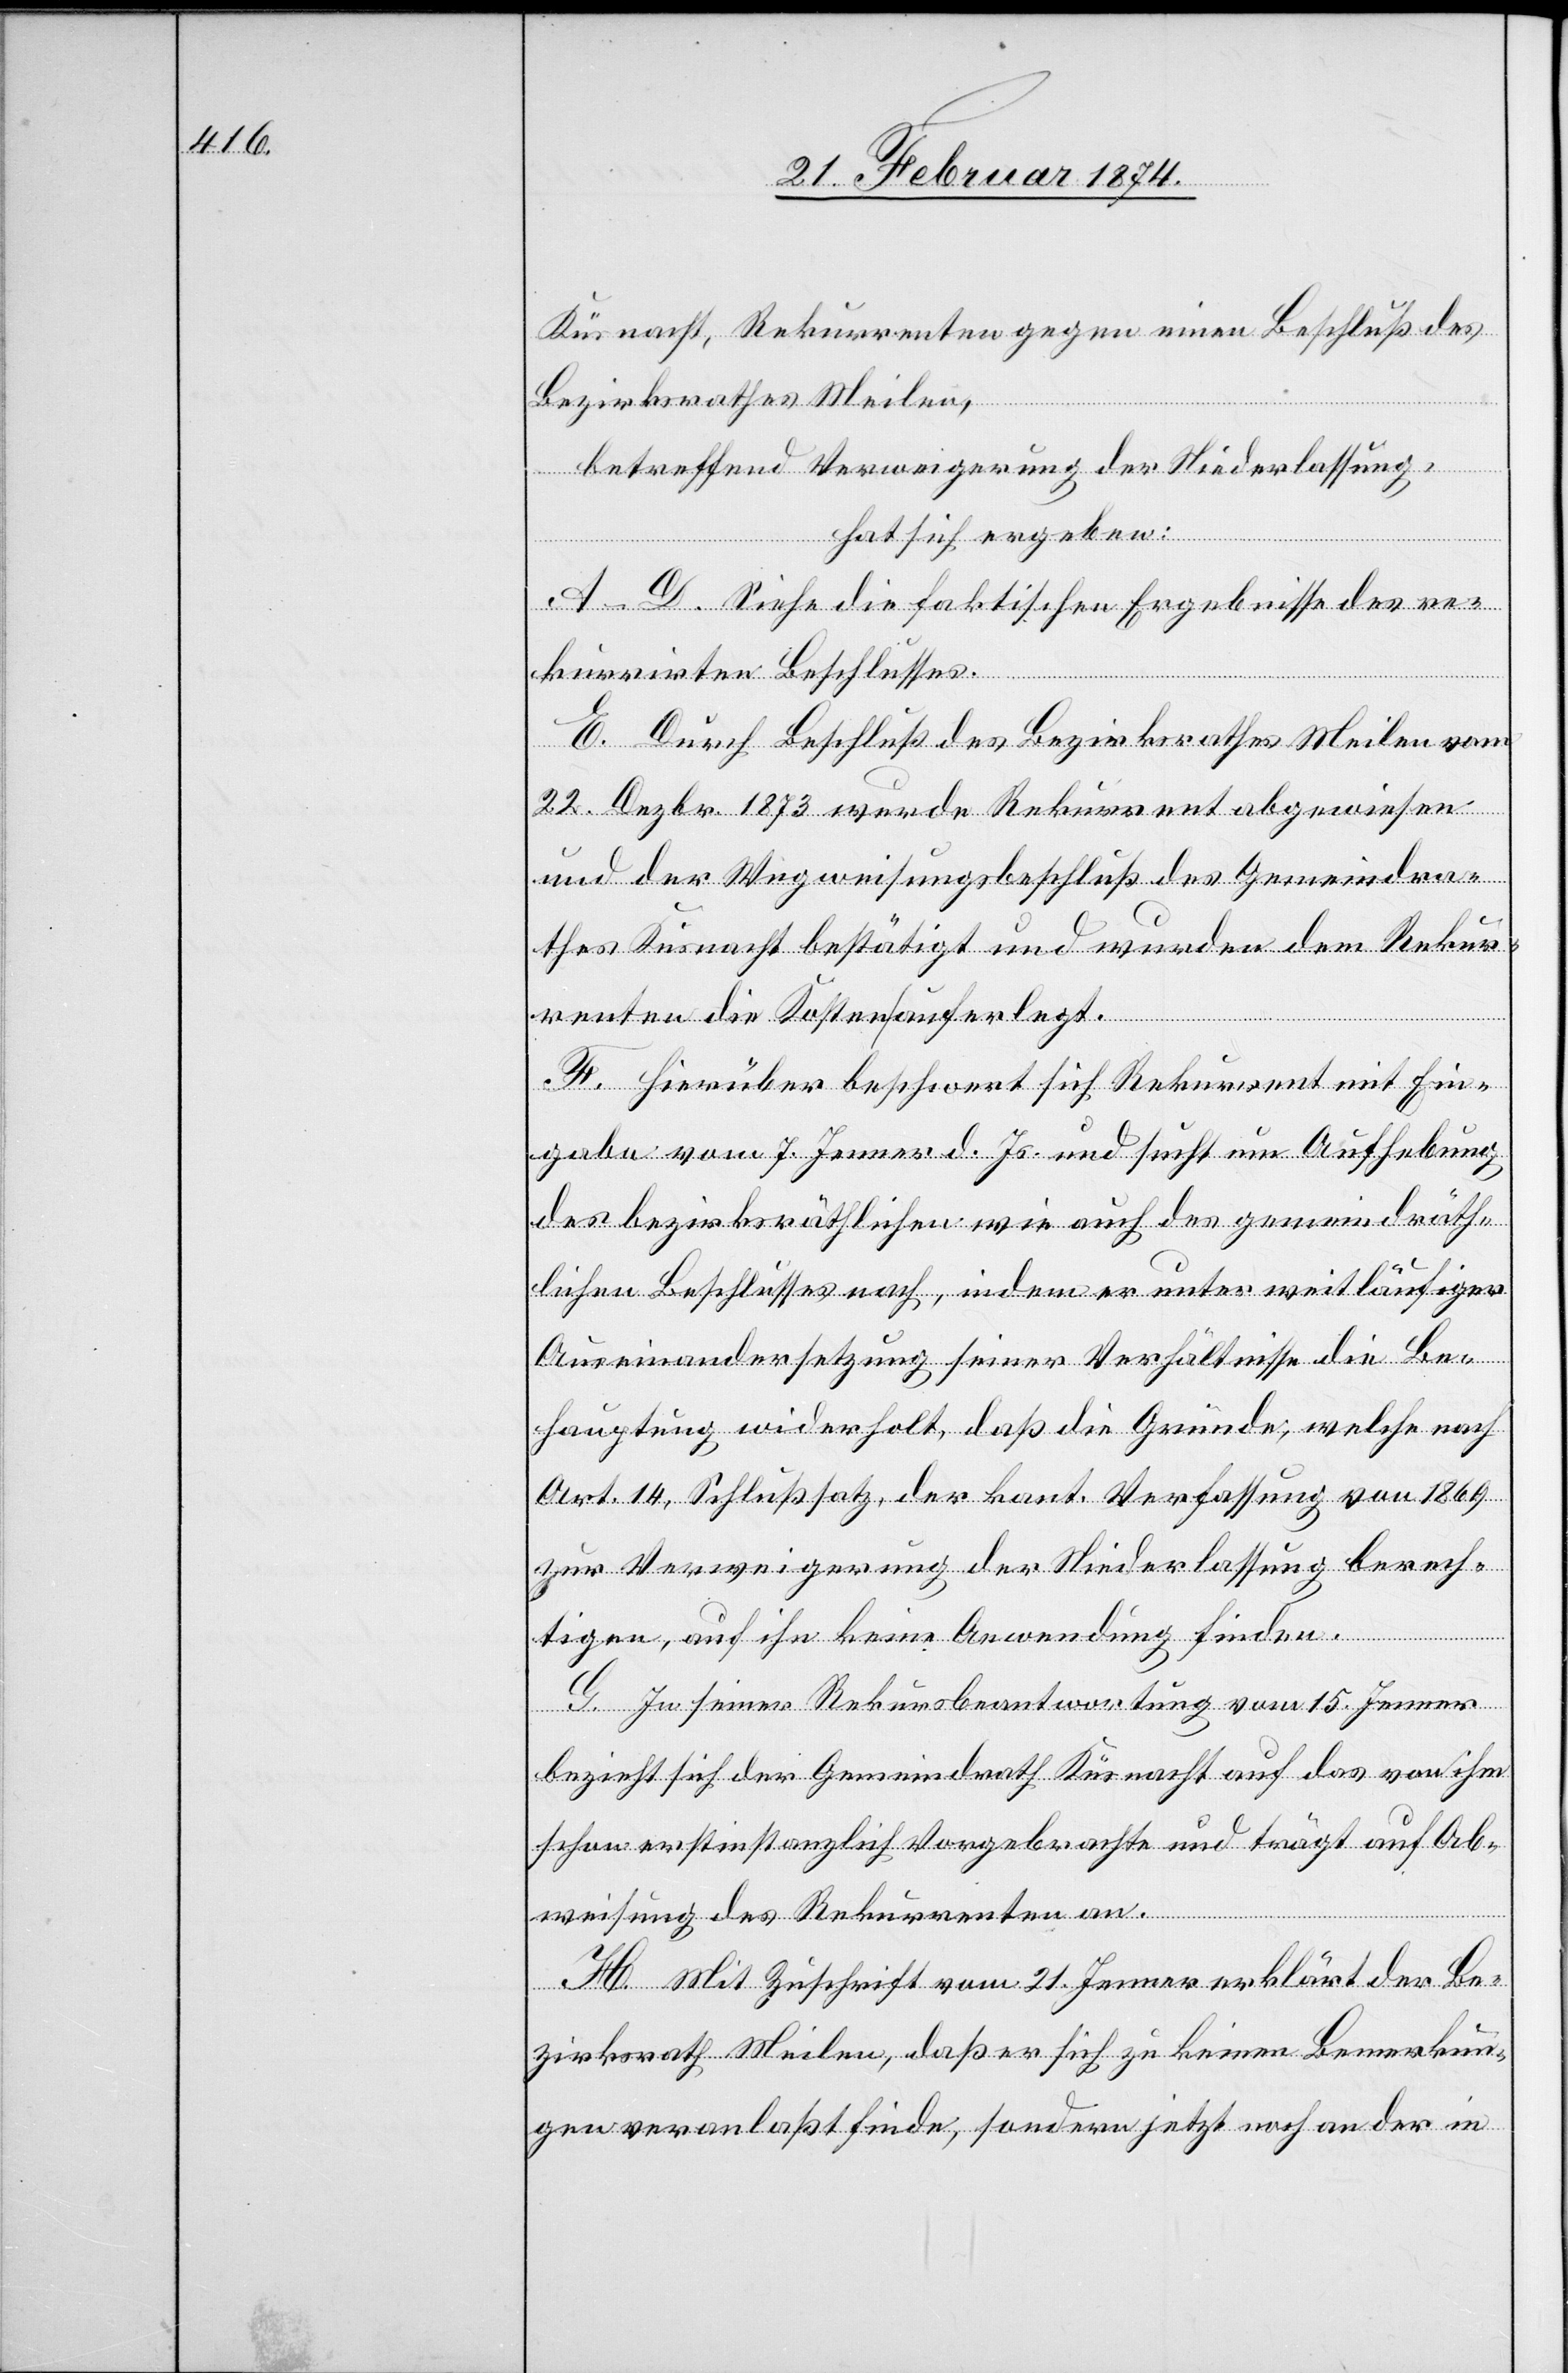
Küsnacht, Rekurrenten gegen einen Beschluß des
Bezirksrathes Meilen,
betreffend Verweigerung der Niederlassung,
hat sich ergeben:
A–D. Siehe die faktischen Ergebnisse des re¬
kurrirten Beschlusses.
E. Durch Beschluß des Bezirksrathes Meilen vom
22. Dezbr. 1873 wurde Rekurrent abgewiesen
und der Wegweisungsbeschluß des Gemeindra¬
thes Küsnacht bestätigt und wurden dem Rekur¬
renten die Kosten auferlegt.
F. Hierüber beschwert sich Rekurrent mit Ein¬
gabe vom 7. Jenner d. Js. und sucht um Aufhebung
des bezirksräthlichen wie auch des gemeindräth¬
lichen Beschlusses nach, indem er unter weitläufiger
Auseinandersetzung seiner Verhältnisse die Be¬
hauptung widerholt, daß die Gründe, welche nach
Art. 14, Schlußsatz, der kant. Verfassung von 1869
zur Verweigerung der Niederlassung berech¬
tigen auf ihn keine Anwendung finden.
G. In seiner Rekursbeantwortung vom 15. Jenner
bezieht sich der Gemeindrath Küsnacht auf das von ihm
schon erstinstanzlich Vorgebrachte und trägt auf Ab¬
weisung des Rekurrenten an.
H. Mit Zuschrift vom 21. Jenner erklärt der Be¬
zirksrath Meilen, daß er sich zu keinen Bemerkun¬
gen veranlaßt finde, sondern jetzt noch an der in